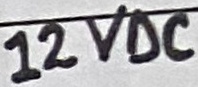
Text: 100u